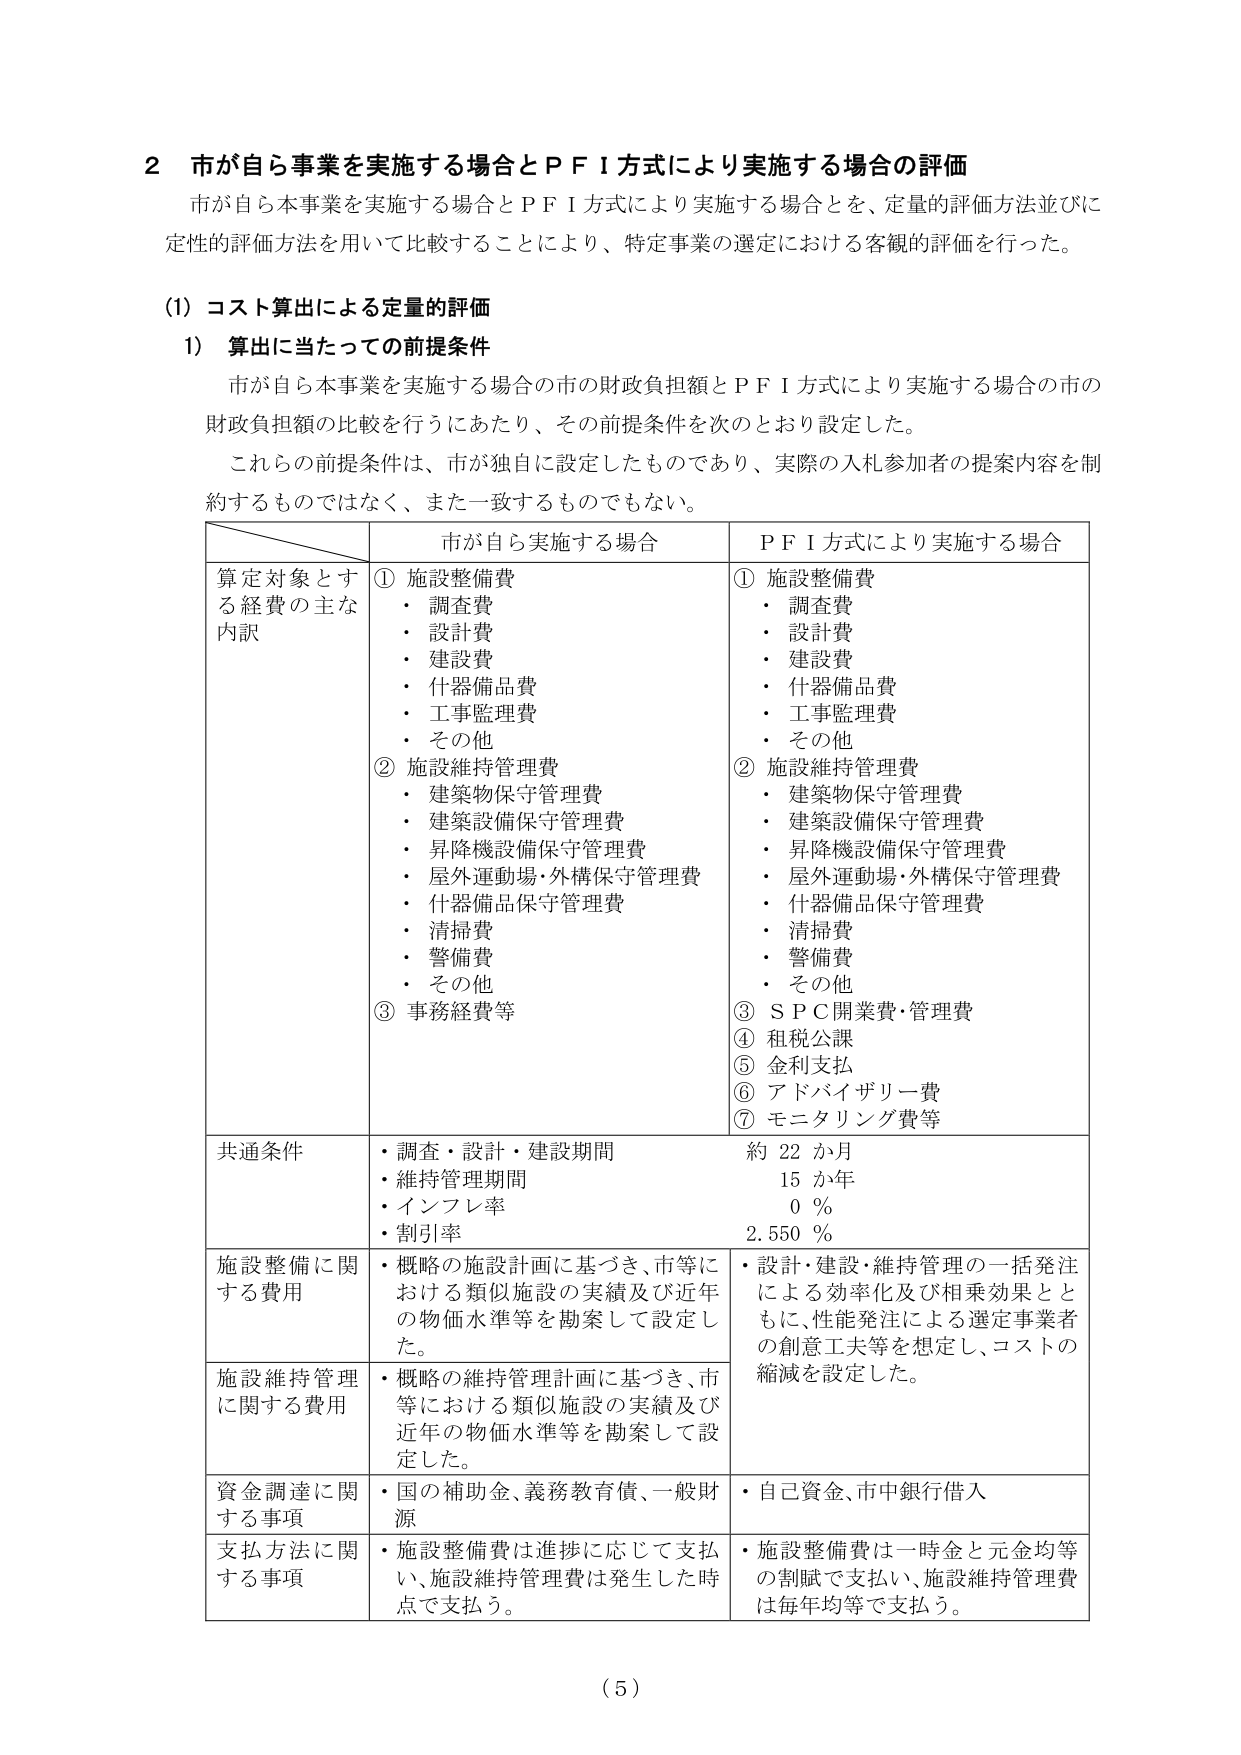
2 市が自ら事業を実施する場合とＰＦＩ方式により実施する場合の評価
市が自ら本事業を実施する場合とＰＦＩ方式により実施する場合とを、定量的評価方法並びに
定性的評価方法を用いて比較することにより、特定事業の選定における客観的評価を行った。

(1) コスト算出による定量的評価
1) 算出に当たっての前提条件
市が自ら本事業を実施する場合の市の財政負担額とＰＦＩ方式により実施する場合の市の
財政負担額の比較を行うにあたり、その前提条件を次のとおり設定した。
これらの前提条件は、市が独自に設定したものであり、実際の入札参加者の提案内容を制
約するものではなく、また一致するものでもない。

| | 市が自ら実施する場合 | ＰＦＩ方式により実施する場合 |
|---|---|---|
| 算定対象とする経費の主な内訳 | ① 施設整備費<br>・調査費<br>・設計費<br>・建設費<br>・什器備品費<br>・工事監理費<br>・その他<br>② 施設維持管理費<br>・建築物保守管理費<br>・建築設備保守管理費<br>・昇降機設備保守管理費<br>・屋外運動場・外構保守管理費<br>・什器備品保守管理費<br>・清掃費<br>・警備費<br>・その他<br>③ 事務経費等 | ① 施設整備費<br>・調査費<br>・設計費<br>・建設費<br>・什器備品費<br>・工事監理費<br>・その他<br>② 施設維持管理費<br>・建築物保守管理費<br>・建築設備保守管理費<br>・昇降機設備保守管理費<br>・屋外運動場・外構保守管理費<br>・什器備品保守管理費<br>・清掃費<br>・警備費<br>・その他<br>③ ＳＰＣ開業費・管理費<br>④ 租税公課<br>⑤ 金利支払<br>⑥ アドバイザリー費<br>⑦ モニタリング費等 |
| 共通条件 | ・調査・設計・建設期間<br>・維持管理期間<br>・インフレ率<br>・割引率 | 約 22 か月<br>15 か年<br>0 %<br>2.550 % |
| 施設整備に関する費用 | ・概略の施設計画に基づき、市等における類似施設の実績及び近年の物価水準等を勘案して設定した。 | ・設計・建設・維持管理の一括発注による効率化及び相乗効果とともに、性能発注による選定事業者の創意工夫等を想定し、コストの縮減を設定した。 |
| 施設維持管理に関する費用 | ・概略の維持管理計画に基づき、市等における類似施設の実績及び近年の物価水準等を勘案して設定した。 | |
| 資金調達に関する事項 | ・国の補助金、義務教育債、一般財源 | ・自己資金、市中銀行借入 |
| 支払方法に関する事項 | ・施設整備費は進捗に応じて支払い、施設維持管理費は発生した時点で支払う。 | ・施設整備費は一時金と元金均等の割賦で支払い、施設維持管理費は毎年均等で支払う。 |

(5)